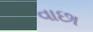
વાછા